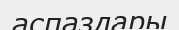
аспаздары